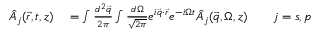
\begin{array} { r l } { \hat { A } _ { j } ( \vec { r } , t , z ) } & { { } = \int \frac { d ^ { 2 } \vec { q } } { 2 \pi } \int \frac { d \Omega } { \sqrt { 2 \pi } } e ^ { i \vec { q } \cdot \vec { r } } e ^ { - i \Omega t } \hat { A } _ { j } ( \vec { q } , \Omega , z ) \qquad j = s , p } \end{array}